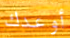
أوعدك